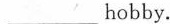
___hobby.